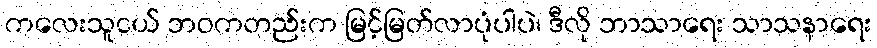
ကလေးသူငယ် ဘဝကတည်းက မြင့်မြတ်လာပုံပါပဲ၊ ဒီလို ဘာသာရေး သာသနာရေး